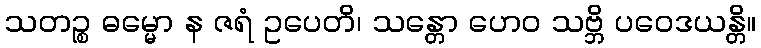
သတဉ္စ ဓမ္မော န ဇရံ ဥပေတိ၊ သန္တော ဟေဝ သဗ္ဘိ ပဝေဒယန္တိ။